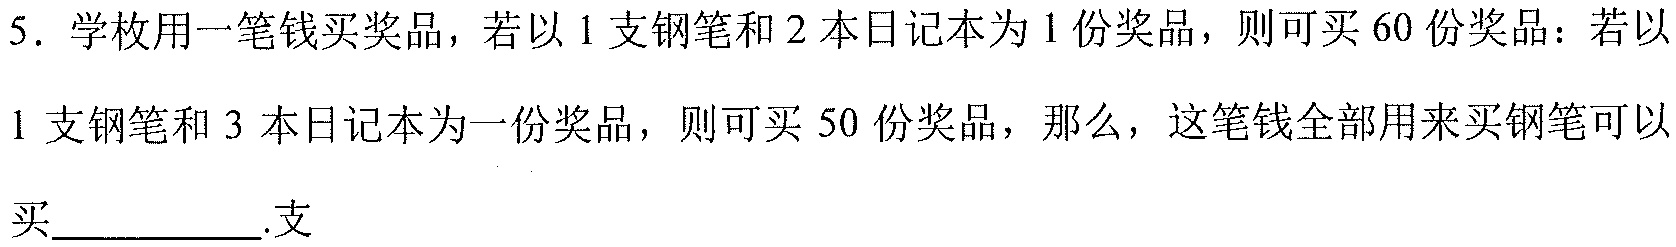
5. 学校用一笔钱买奖品，若以\(1\)支钢笔和\(2\)本日记本为\(1\)份奖品，则可买\(60\)份奖品；若以\(1\)支钢笔和\(3\)本日记本为一份奖品，则可买\(50\)份奖品，那么，这笔钱全部用来买钢笔可以买__________.支